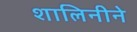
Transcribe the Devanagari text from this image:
शालिनीने